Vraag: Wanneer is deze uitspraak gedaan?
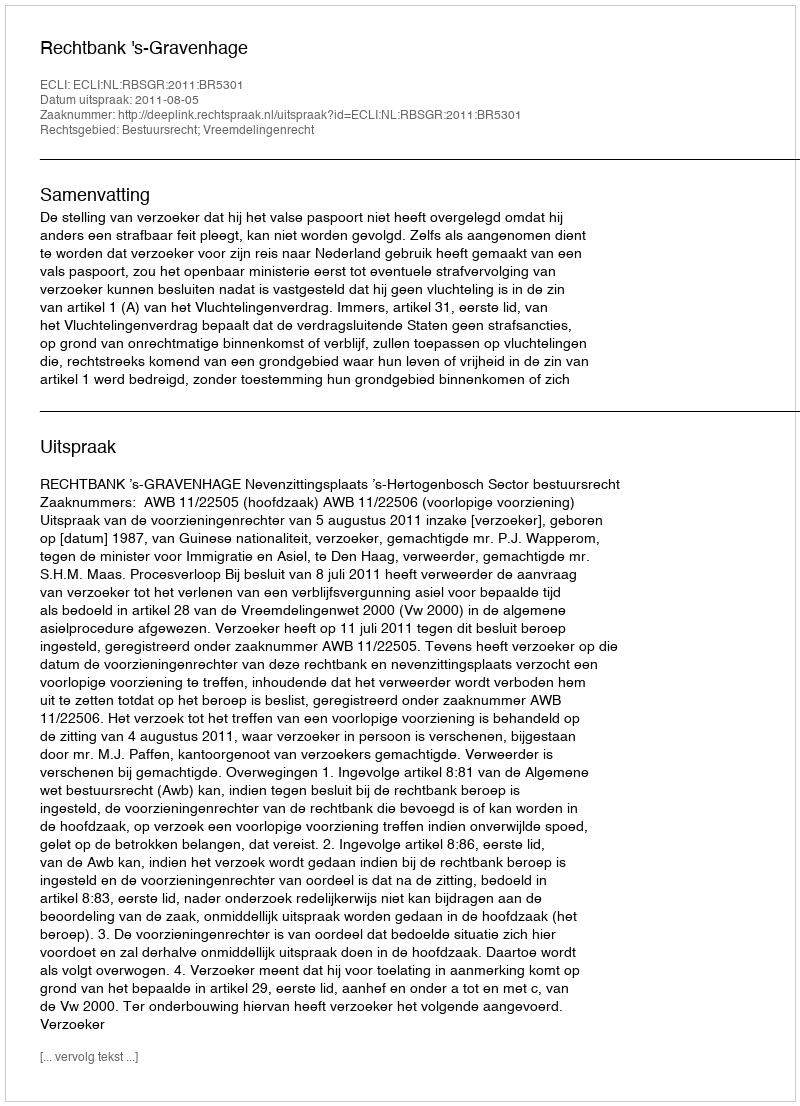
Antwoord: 2011-08-05